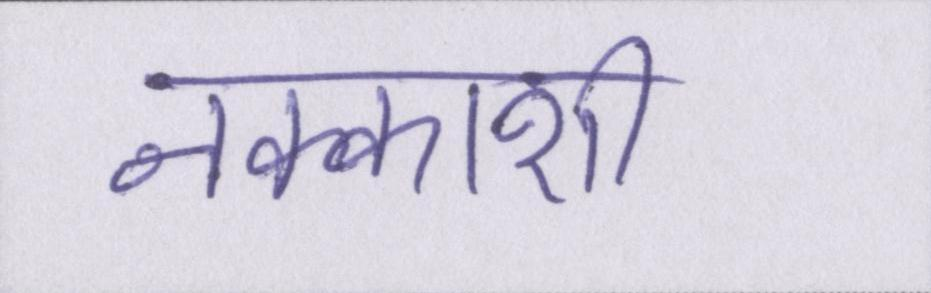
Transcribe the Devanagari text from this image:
नक्काशी